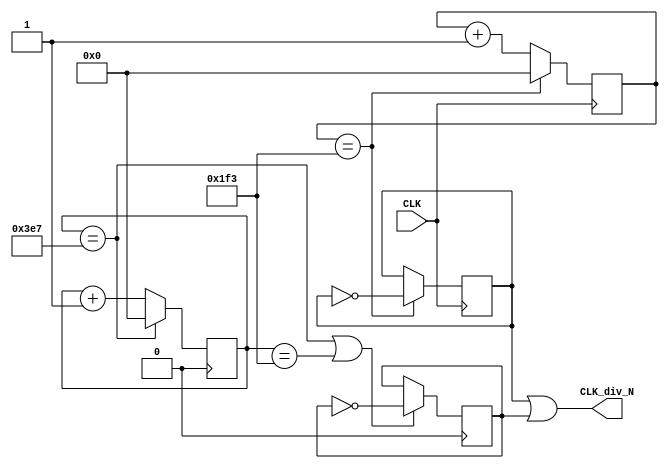
module division(
input CLK,// 
output wire CLK_div_N// N
);
wire[31:0]N=1000;// N,N2,NCLKCLK_div_N()
/******************** 1 ***************/
reg[31:0]cnt1;
reg CLK_div_N_1;
always @ (posedge CLK)
begin
if(N%2==0)// N
begin
if(N==2)// N2
CLK_div_N_1 <= ~CLK_div_N_1;
else
begin
if(cnt1==(N-2)/2)
begin
cnt1 <= 0;
CLK_div_N_1 <= ~CLK_div_N_1;
end
else
cnt1 <= cnt1+1;
end
end
else// N
begin
if(cnt1==N-1)
cnt1 <= 0;
else
cnt1 <= cnt1+1;
if((cnt1==N-1) || (cnt1==(N-1)/2))
CLK_div_N_1 <= ~CLK_div_N_1;
else ;
end
end
/*********************** 2 *********************/
wire CLK0 =(N%2)?(~CLK):0;// N2CLK_div_N_20
reg[31:0]cnt2;
reg CLK_div_N_2;
always @ (posedge CLK0)
begin
if(cnt2==N-1)
cnt2 <= 0;
else
cnt2 <= cnt2+1;
if((cnt2==N-1) || (cnt2==(N-1)/2))
CLK_div_N_2 <= ~CLK_div_N_2;
end
/******************** ************************/
assign CLK_div_N = CLK_div_N_1 | CLK_div_N_2;
endmodule